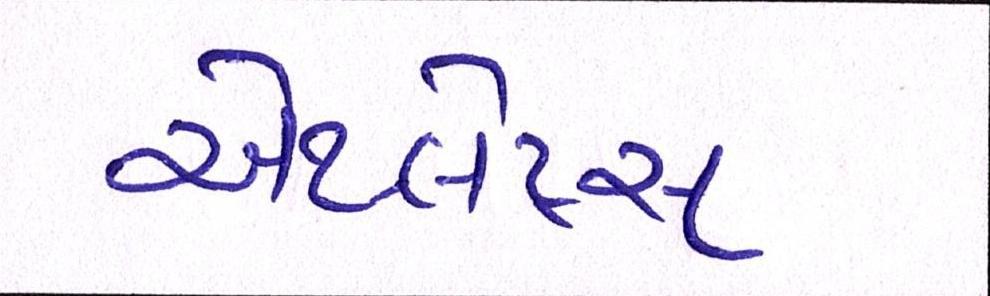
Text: એથ્લેટ્સ